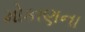
મોકાણના